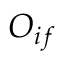
O _ { i f }